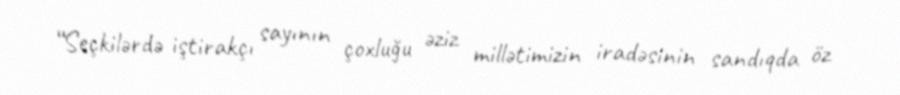
“Seçkilərdə iştirakçı sayının çoxluğu əziz millətimizin iradəsinin sandıqda öz